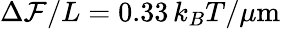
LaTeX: \Delta{\cal F}/L=0.33\, k_{B}T/\mu\mathrm{m}